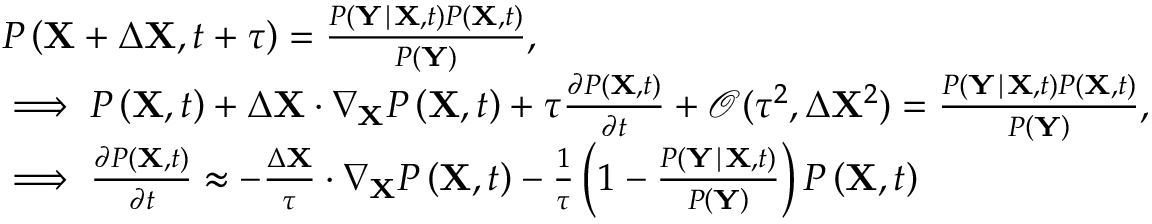
\begin{array} { r l } & { P \left( \mathbf { X } + \Delta \mathbf { X } , t + \tau \right) = \frac { P \left( \mathbf { Y } \mid \mathbf { X } , t \right) P \left( \mathbf { X } , t \right) } { P \left( \mathbf { Y } \right) } , } \\ & { \implies P \left( \mathbf { X } , t \right) + \Delta \mathbf { X } \cdot \nabla _ { \mathbf { X } } P \left( \mathbf { X } , t \right) + \tau \frac { \partial P \left( \mathbf { X } , t \right) } { \partial t } + \mathcal { O } ( \tau ^ { 2 } , \Delta \mathbf { X } ^ { 2 } ) = \frac { P \left( \mathbf { Y } \mid \mathbf { X } , t \right) P \left( \mathbf { X } , t \right) } { P \left( \mathbf { Y } \right) } , } \\ & { \implies \frac { \partial P \left( \mathbf { X } , t \right) } { \partial t } \approx - \frac { \Delta \mathbf { X } } { \tau } \cdot \nabla _ { \mathbf { X } } P \left( \mathbf { X } , t \right) - \frac { 1 } { \tau } \left( 1 - \frac { P \left( \mathbf { Y } \mid \mathbf { X } , t \right) } { P \left( \mathbf { Y } \right) } \right) P \left( \mathbf { X } , t \right) } \end{array}